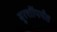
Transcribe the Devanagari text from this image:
बुरशींपर्यंत